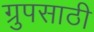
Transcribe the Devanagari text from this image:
ग्रुपसाठी